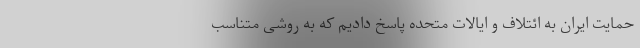
حمایت ایران به ائتلاف و ایالات متحده پاسخ دادیم که به روشی متناسب